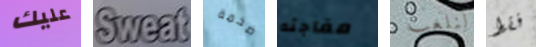
عليك Sweat ضخمة مفاجئه لنلعب فقط